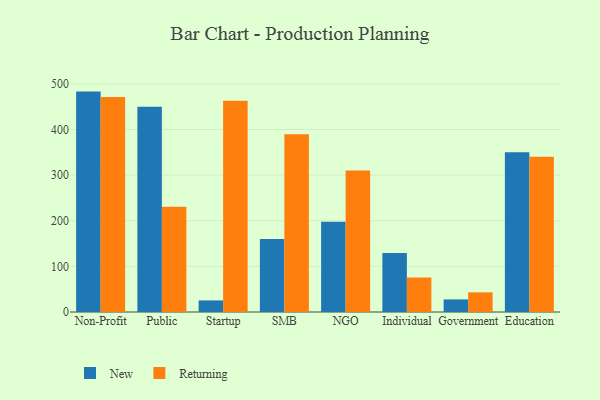
{"axis": {"x": "Segment", "y": "Customer Acquisition Cost (USD)"}, "legend": ["New", "Returning"], "data": [{"x": "Non-Profit", "y": 483.2, "type": "New"}, {"x": "Non-Profit", "y": 471.2, "type": "Returning"}, {"x": "Public", "y": 449.9, "type": "New"}, {"x": "Public", "y": 230.8, "type": "Returning"}, {"x": "Startup", "y": 25.4, "type": "New"}, {"x": "Startup", "y": 462.9, "type": "Returning"}, {"x": "SMB", "y": 160.0, "type": "New"}, {"x": "SMB", "y": 389.6, "type": "Returning"}, {"x": "NGO", "y": 198.0, "type": "New"}, {"x": "NGO", "y": 310.0, "type": "Returning"}, {"x": "Individual", "y": 129.5, "type": "New"}, {"x": "Individual", "y": 75.6, "type": "Returning"}, {"x": "Government", "y": 27.6, "type": "New"}, {"x": "Government", "y": 43.1, "type": "Returning"}, {"x": "Education", "y": 350.4, "type": "New"}, {"x": "Education", "y": 340.4, "type": "Returning"}]}